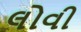
લોવી